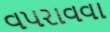
વપરાવવા